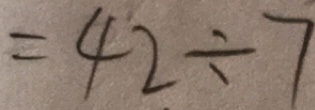
= 4 2 \div 7